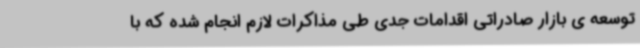
توسعه ی بازار صادراتی اقدامات جدی طی مذاکرات لازم انجام شده که با